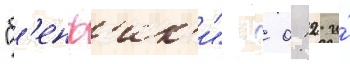
"б'енф'ик'и"  0:2 и́